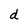
Character: d